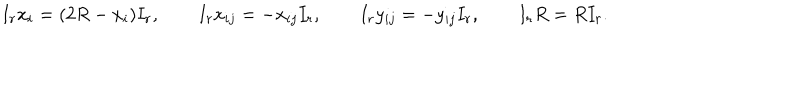
I _ { r } x _ { i } = ( 2 R - x _ { i } ) I _ { r } , \qquad I _ { r } x _ { i j } = - x _ { i j } I _ { r } , \qquad I _ { r } y _ { i j } = - y _ { i j } I _ { r } , \qquad I _ { r } R = R I _ { r } .